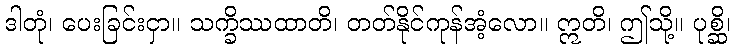
ဒါတုံ၊ ပေးခြင်းငှာ။ သက္ခိဿထာတိ၊ တတ်နိုင်ကုန်အံ့လော။ ဣတိ၊ ဤသို့။ ပုစ္ဆိ၊